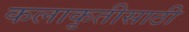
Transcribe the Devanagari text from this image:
कलाकृतीसाठी